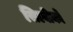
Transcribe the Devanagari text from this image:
सिल्वीको